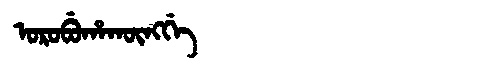
Manchu: ᠣᡵᠣᠪᡠᡥᠠᡴᡡᠩᡤᡝ
Romanization: OROBUHAKŪNGGE